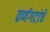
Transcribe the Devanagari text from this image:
वर्णगटांचे